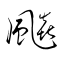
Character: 飈